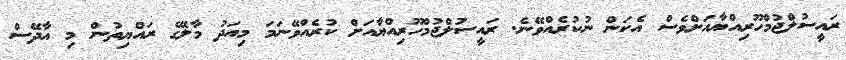
ރައީސުލްޖުމްހޫރިއްޔާއަށްވެސް އެކަން ނުކުރެއްވޭނެ. ރައީސުލްޖުމްހޫރިއްޔާއަށް ކުރެއްވޭނަމަ މިއަދު މާލޭގެ ރައްޔިތުން މި އާދޭސް